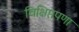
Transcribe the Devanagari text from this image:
विक्षिप्तपणा